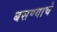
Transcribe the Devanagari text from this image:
बसण्याचे